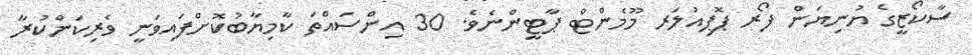
ސާކޯޒީގެ ޔުނިޔަން ފޯރ ޕޮޕިއުލަރ މޫމެންޓް ޕާޓީންނެވެ. 30 އިންސައްތަ ކާމިޔާބުކޮށްފައިވަނީ ވެރިކަންކުރާ